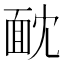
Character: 𩈉